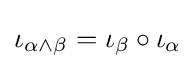
\iota _{\alpha \wedge \beta }=\iota _{\beta }\circ \iota _{\alpha }